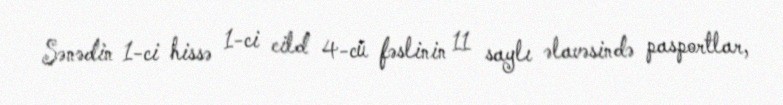
Sənədin 1-ci hissə 1-ci cild 4-cü fəslinin 11 saylı əlavəsində pasportlar,